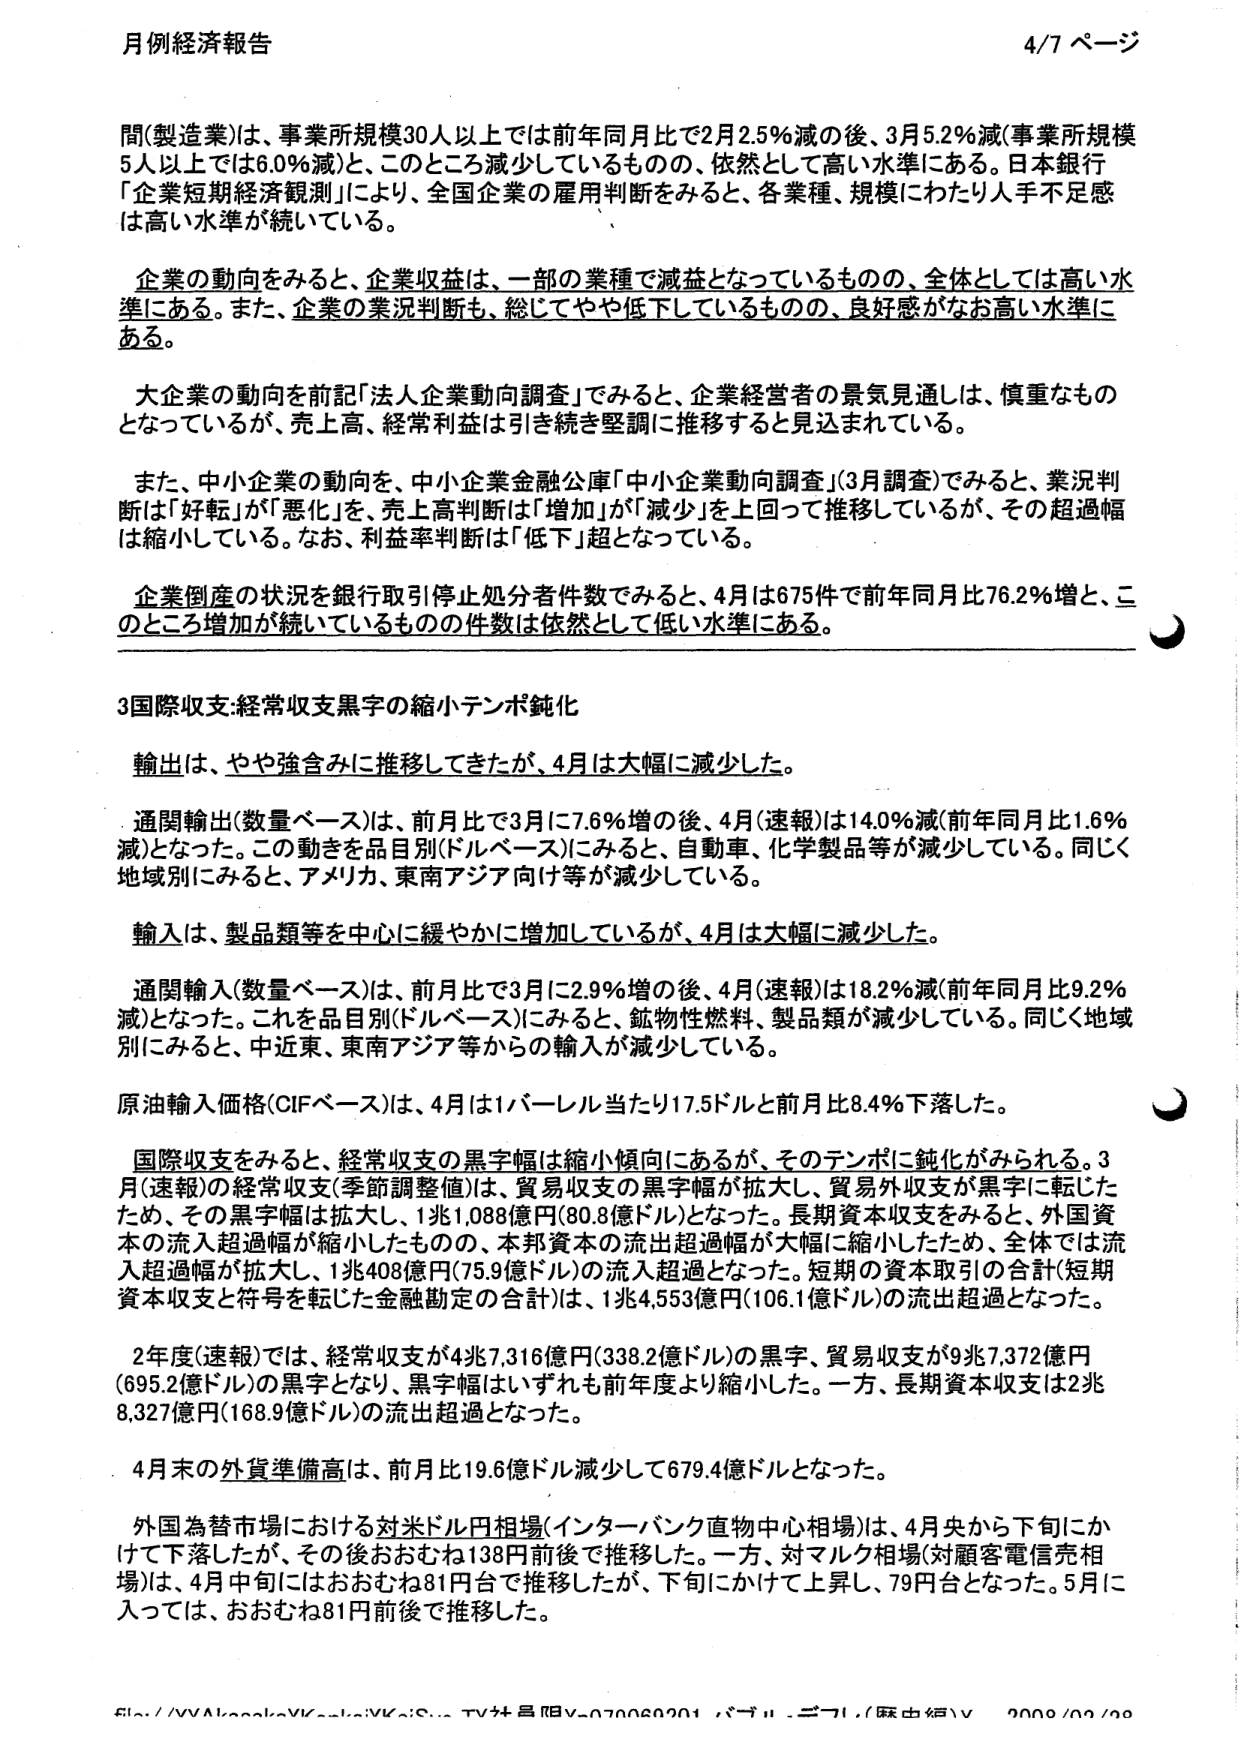
月例経済報告 4/7 ページ

間(製造業)は、事業所規模30人以上では前年同月比で2月2.5%減の後、3月5.2%減(事業所規模5人以上では6.0%減)と、このところ減少しているものの、依然として高い水準にある。日本銀行「企業短期経済観測」により、全国企業の雇用判断をみると、各業種、規模にわたり人手不足感は高い水準が続いている。

企業の動向をみると、企業収益は、一部の業種で減益となっているものの、全体としては高い水準にある。また、企業の業況判断も、総じてやや低下しているものの、良好感がなお高い水準にある。

大企業の動向を前記「法人企業動向調査」でみると、企業経営者の景気見通しは、慎重なものとなっているが、売上高、経常利益は引き続き堅調に推移すると見込まれている。

また、中小企業の動向を、中小企業金融公庫「中小企業動向調査」(3月調査)でみると、業況判断は「好転」が「悪化」を、売上高判断は「増加」が「減少」を上回って推移しているが、その超過幅は縮小している。なお、利益率判断は「低下」超となっている。

企業倒産の状況を銀行取引停止処分者件数でみると、4月は675件で前年同月比76.2%増と、このところ増加が続いているものの件数は依然として低い水準にある。

3国際収支:経常収支黒字の縮小テンポ鈍化

輸出は、やや強含みに推移してきたが、4月は大幅に減少した。

通関輸出(数量ベース)は、前月比で3月に7.6%増の後、4月(速報)は14.0%減(前年同月比1.6%減)となった。この動きを品目別(ドルベース)にみると、自動車、化学製品等が減少している。同じく地域別にみると、アメリカ、東南アジア向け等が減少している。

輸入は、製品類等を中心に緩やかに増加しているが、4月は大幅に減少した。

通関輸入(数量ベース)は、前月比で3月に2.9%増の後、4月(速報)は18.2%減(前年同月比9.2%減)となった。これを品目別(ドルベース)にみると、鉱物性燃料、製品類が減少している。同じく地域別にみると、中近東、東南アジア等からの輸入が減少している。

原油輸入価格(CIFベース)は、4月は1バレル当たり17.5ドルと前月比8.4%下落した。

国際収支をみると、経常収支の黒字幅は縮小傾向にあるが、そのテンポに鈍化がみられる。3月(速報)の経常収支(季節調整値)は、貿易収支の黒字幅が拡大し、貿易外収支が黒字に転じたため、その黒字幅は拡大し、1兆1,088億円(80.8億ドル)となった。長期資本収支をみると、外国資本の流入超過幅が縮小したものの、本邦資本の流出超過幅が大幅に縮小したため、全体では流入超過幅が拡大し、1兆408億円(75.9億ドル)の流入超過となった。短期の資本取引の合計(短期資本収支と符号を転じた金融勘定の合計)は、1兆4,553億円(106.1億ドル)の流出超過となった。

2年度(速報)では、経常収支が4兆7,316億円(338.2億ドル)の黒字、貿易収支が9兆7,372億円(695.2億ドル)の黒字となり、黒字幅はいずれも前年度より縮小した。一方、長期資本収支は2兆8,327億円(168.9億ドル)の流出超過となった。

4月末の外貨準備高は、前月比19.6億ドル減少して679.4億ドルとなった。

外国為替市場における対米ドル円相場(インターバンク直物中心相場)は、4月央から下旬にかけて下落したが、その後おおむね138円前後で推移した。一方、対マルク相場(対顧客電信売相場)は、4月中旬にはおおむね81円台で推移したが、下旬にかけて上昇し、79円台となった。5月に入っては、おおむね81円前後で推移した。

file://WAKa.../YK.../YK.../S... TV社員用Y-07006001 パーツ・ニーブル/藤中絵Y 2000/03/20